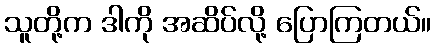
သူတို့က ဒါကို အဆိပ်လို့ ပြောကြတယ်။